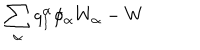
LaTeX: \sum _ { \alpha } q _ { I } ^ { \alpha } \phi _ { \alpha } W _ { \alpha } - W